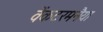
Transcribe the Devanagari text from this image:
वेंकटरमनैया